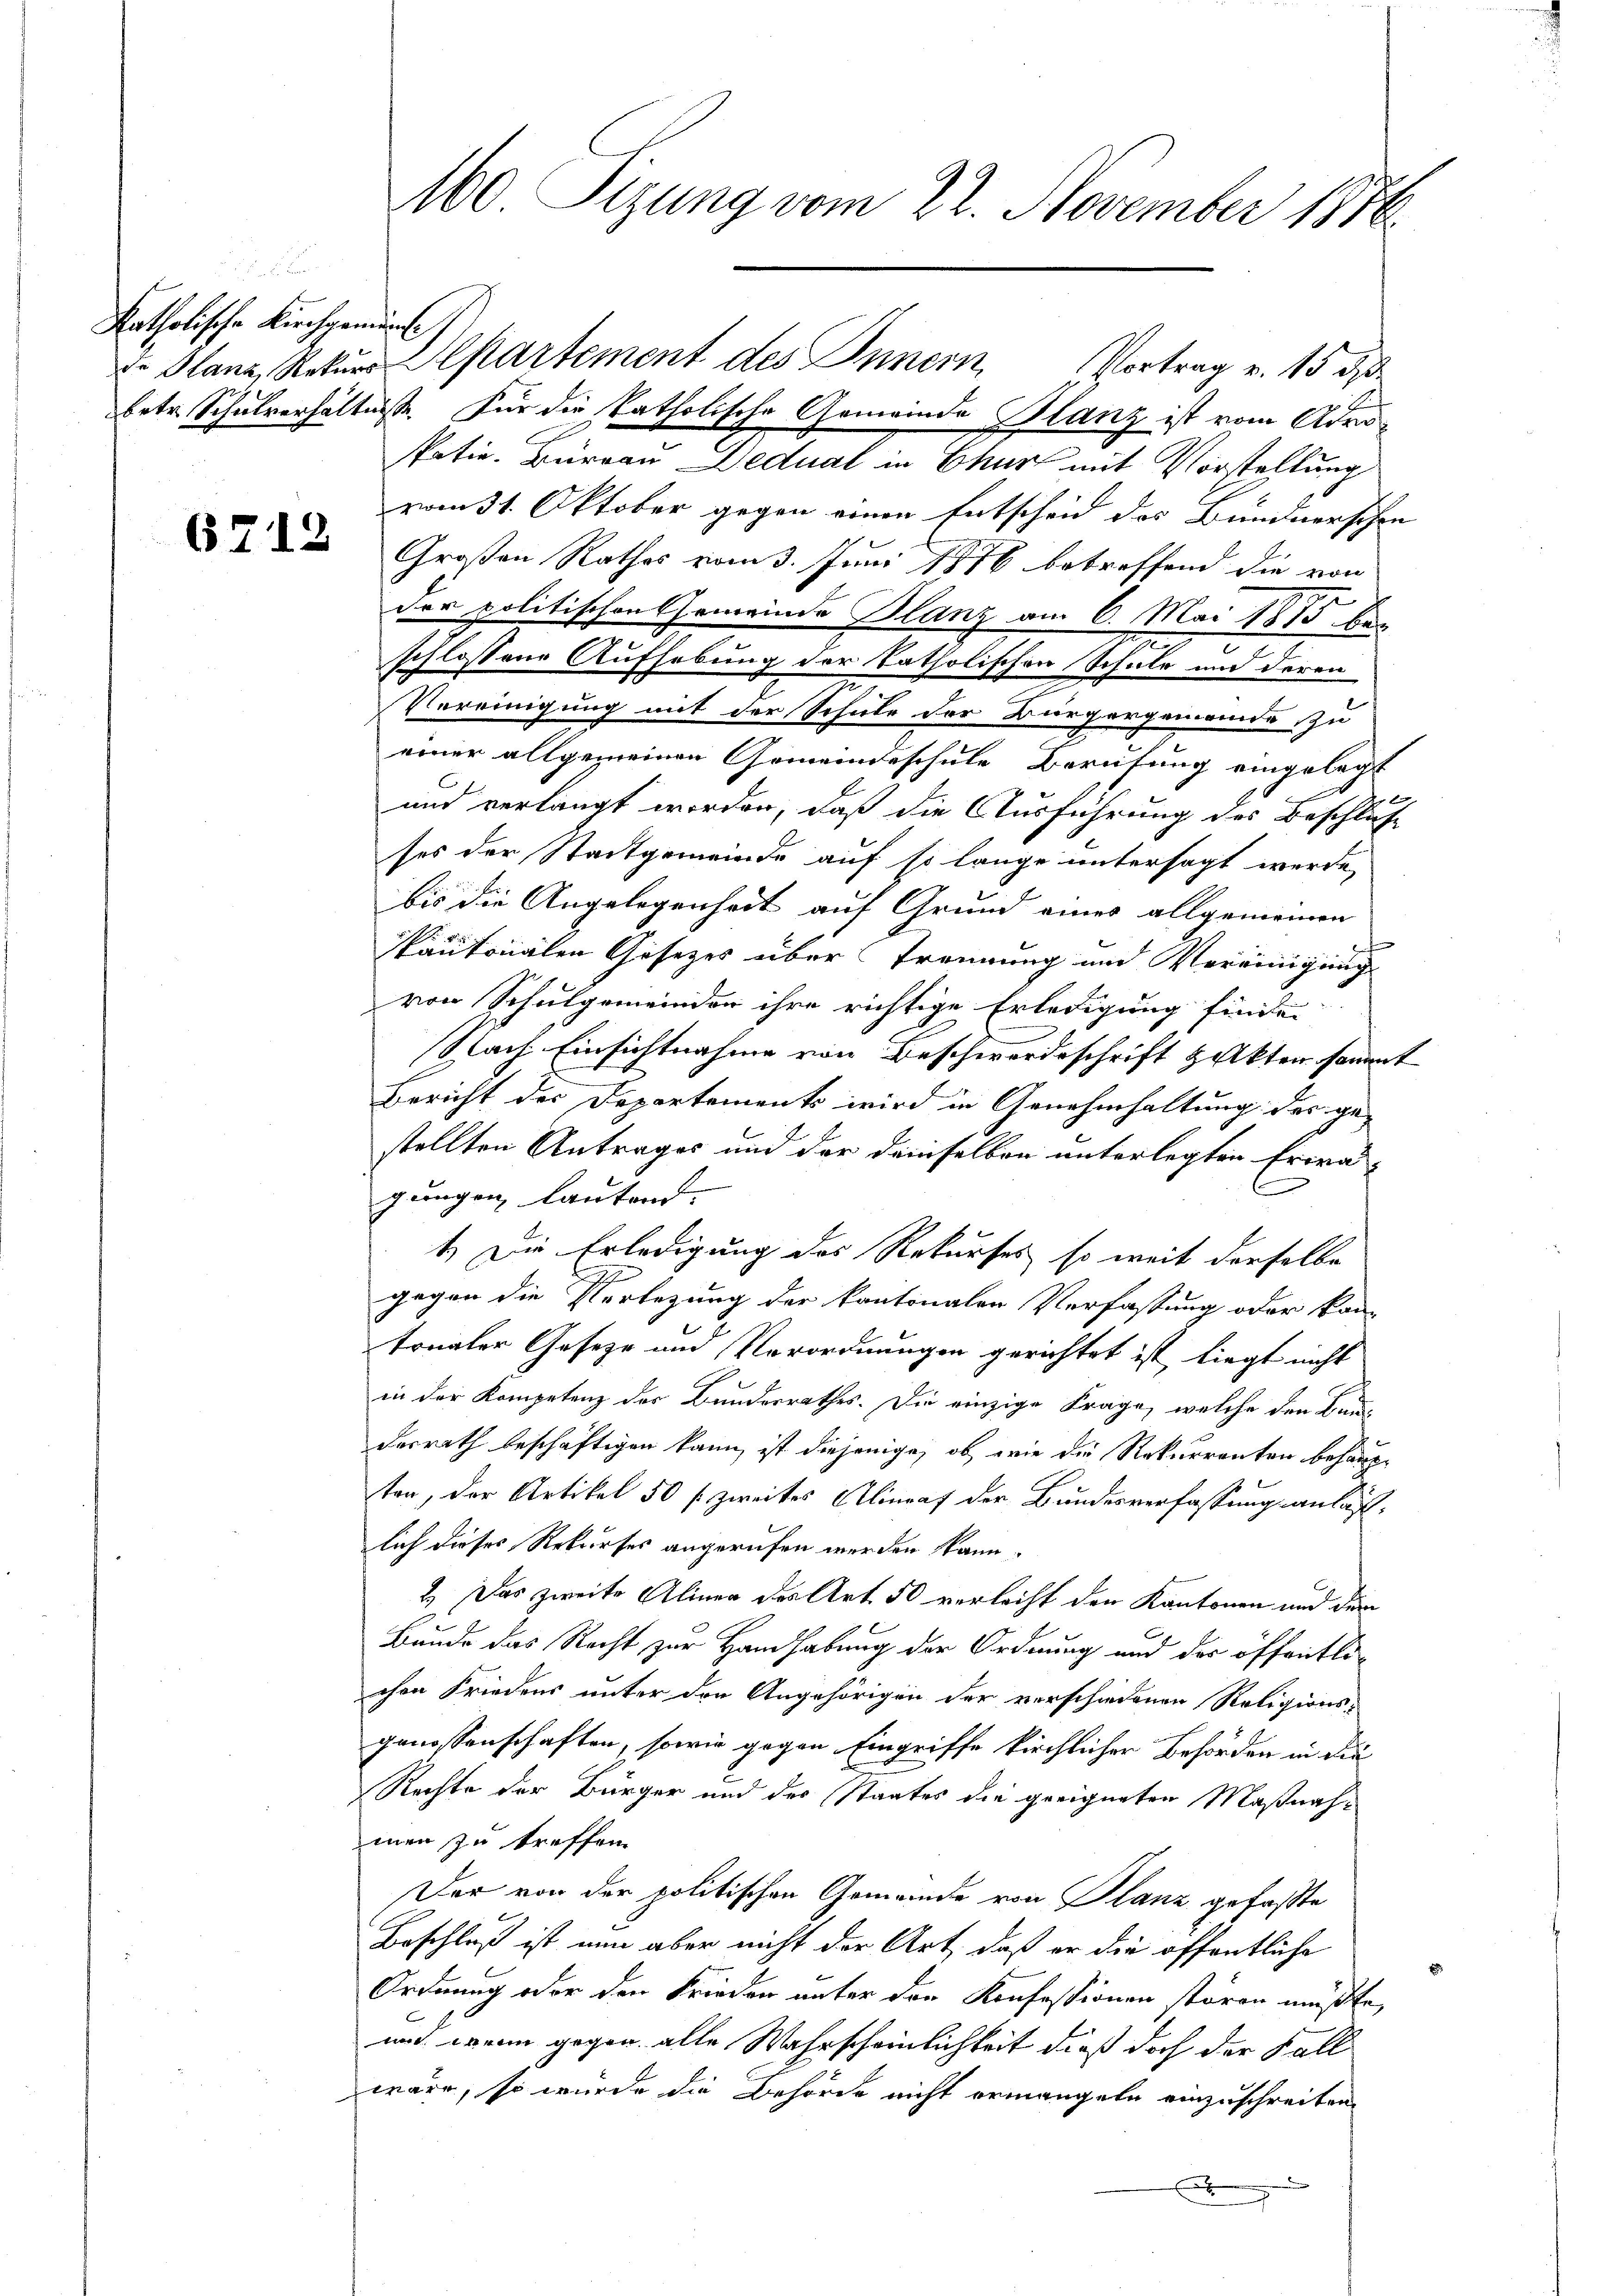
katholische Kirchgemeins

6712

betr. Schulverhältnisse. Für die katholische Gemeinde Blanz ist vom Advo¬
Patie. Büreau Dedual in Chur mit Vorstellung
vom 31. Oktober gegen einen Entscheid des Bündnerschen |
Großen Rathes vom 3. Juni 1879 betreffend die von
der politischen Gemeinde Blanz am 6. Mai 1875 be
i
schlossene Aufhebung der katholischen Schule und deren
Vereinigung mit der Schule der Bürgergemeinde zu
einer allgemeinen Gemeindeschule Berufung eingelegt
2
und verlangt worden, daß die Ausführung des Beschluss
ses der Stadtgemeinde auf so lange untersagt werde,
bis die Angelegenheit auf Grund eines allgemeinen
f
Pantonalen Gesetzes über Trennung und Vereinigung
von Schulgemeinden ihre richtige Erledigung finden
Nach Einsichtnahme von Beschwerdeschrift Hackten sammt
Bericht der Departements wird in Genehmhaltung des ge-
stellten Antrages und der demselben unterlegten Erwä-
gungen lautend.
1.) Die Erledigung des Rekurses so weit derselbe
gegen die Verlegung der kantonalen Verfassung oder kann
tonaler Geseze um Verordnungen gerichtet ist, liegt nicht
in der Kompetenz des Bundesrathes. Die einzige Frage, welche den Baudesrath beschäftigen kann, ist diejenige, ob wie die Rekurrenten behaupten, der Artikel 50 f zweites Alinraf der Bundesverfassung anläßlich dieses Rekurses angerufen werden kann.
2.) Das zweite Aliner des Art. 50 verleiht den Kantonen und der
Bunde das Recht zur Handhabung der Ordnung und der öffentli-
chen Friedens unter den Angehörigen der verschiedenen Religions-
genossenschaften, sowie gegen Eingriffe kirchlicher Behörden in die
Rechte der Bürger und des Staates die geeigneten Maßnahmen zu treffen.
Der von der politischen Gemeinde von Planz gefaßte
Beschluß ist nun aber nicht der Art, daß er die öffentliche
Ordnung oder den Frieden unter den Konfessionen stören müßte,
und wenn gegen alle Wahrscheinlichkeit dieß doch der Fall
wäre, so würde die Behörde nicht ermangeln einzuschreiben.
.

160 Sizung vom 22. November 1876

Glanz, Rekurs Departement des Innern, Vortrag v. 15 de